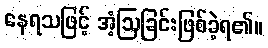
နေရသဖြင့် အံ့ဩခြင်းဖြစ်ခဲ့ရ၏။